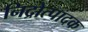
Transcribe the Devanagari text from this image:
निद्रोत्पादक